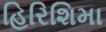
હિરિશિમા